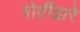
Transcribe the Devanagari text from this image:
गोष्टींद्वारे